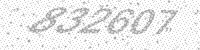
Solution: 832607